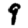
Digit: 9